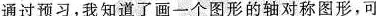
通过预习，我知道了画一个图形的轴对称图形，可